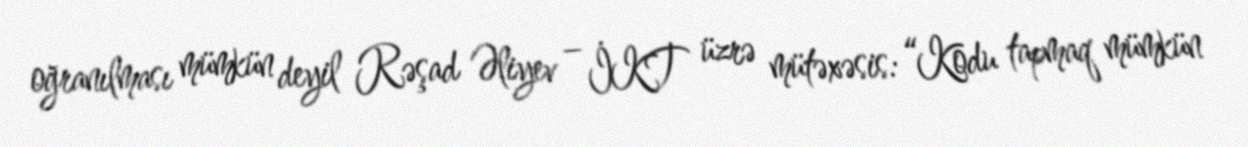
oğranılması mümkün deyil Rəşad Əliyev – İKT üzrə mütəxəsis: “Kodu tapmaq mümkün